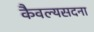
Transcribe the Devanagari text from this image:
कैवल्यसदना